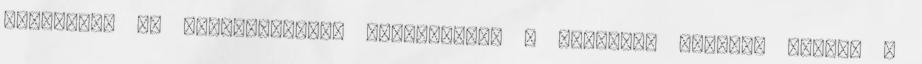
sorolása. Új szálláshelyek kialakítása a sátorozó helytől kezdve a